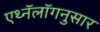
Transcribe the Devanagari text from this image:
एथ्नॅलॉगनुसार